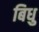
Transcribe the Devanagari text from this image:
बिधु